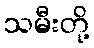
သမီးတို့